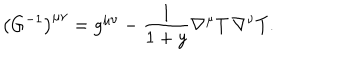
\bigl ( G ^ { - 1 } \bigr ) ^ { \mu \nu } = g ^ { \mu \nu } - \frac { 1 } { 1 + y } \nabla ^ { \mu } T \thinspace \nabla ^ { \nu } T .